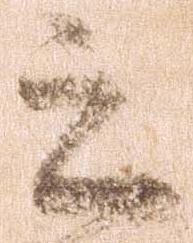
之